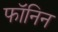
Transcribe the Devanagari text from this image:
फॉनिन